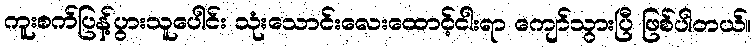
ကူးစက်ပြန့်ပွားသူပေါင်း သုံးသောင်းလေးထောင့်ငါးရာ ကျော်သွားပြီ ဖြစ်ပါတယ်။